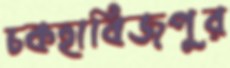
চকহাবিজপুর